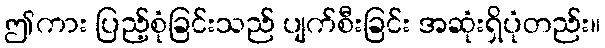
ဤကား ပြည့်စုံခြင်းသည် ပျက်စီးခြင်း အဆုံးရှိပုံတည်း။